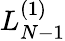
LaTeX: L_{N-1}^{(1)}